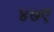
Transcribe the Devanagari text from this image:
४७ए